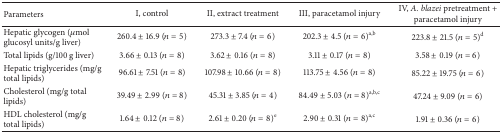
<table><thead><tr><td><b>Parameters</b></td><td><b> I, control</b></td><td><b> II, extract treatment</b></td><td><b> III, paracetamol injury</b></td><td><b> IV, <i>A. blazei</i> pretreatment + paracetamol injury</b></td></tr></thead><tbody><tr><td>Hepatic glycogen (<i>μ</i>mol glucosyl units/g liver)</td><td>260.4 ± 16.9 (<i>n</i> = 5)</td><td>273.3 ± 7.4 (<i>n</i> = 6)</td><td>202.3 ± 4.5 (<i>n</i> = 6)<sup>a,b</sup></td><td>223.8 ± 21.5 (<i>n</i> = 5)<sup>d</sup></td></tr><tr><td>Total lipids (g/100 g liver)</td><td>3.66 ± 0.13 (<i>n</i> = 8)</td><td>3.62 ± 0.16 (<i>n</i> = 8)</td><td>3.11 ± 0.17 (<i>n</i> = 8)</td><td>3.58 ± 0.19 (<i>n</i> = 6)</td></tr><tr><td>Hepatic triglycerides (mg/g total lipids)</td><td>96.61 ± 7.51 (<i>n</i> = 8)</td><td>107.98 ± 10.66 (<i>n</i> = 8)</td><td>113.75 ± 4.56 (<i>n</i> = 8)</td><td>85.22 ± 19.75 (<i>n</i> = 6)</td></tr><tr><td>Cholesterol (mg/g total lipids)</td><td>39.49 ± 2.99 (<i>n</i> = 8)</td><td>45.31 ± 3.85 (<i>n</i> = 4)</td><td>84.49 ± 5.03 (<i>n</i> = 8)<sup>a,b,c</sup></td><td>47.24 ± 9.09 (<i>n</i> = 6)</td></tr><tr><td>HDL cholesterol (mg/g total lipids) </td><td>1.64 ± 0.12 (<i>n</i> = 8)</td><td>2.61 ± 0.20 (<i>n</i> = 8)<sup>e</sup></td><td>2.90 ± 0.31 (<i>n</i> = 8)<sup>a,c</sup></td><td>1.91 ± 0.36 (<i>n</i> = 6)</td></tr></tbody></table>